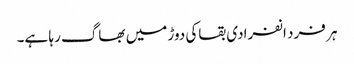
ہر فرد انفرادی بقاکی دوڑ میں بھاگ رہا ہے۔